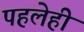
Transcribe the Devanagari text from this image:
पहलेही